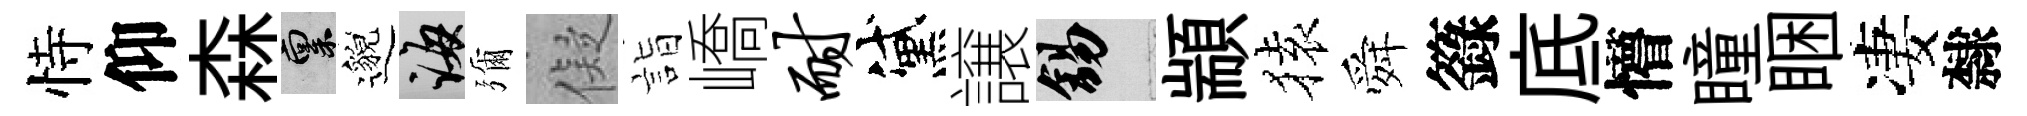
恃仰森禀邈誨彌儗詣嶠耐黛譲錫顓𫞤舜籙底懵瞳睏凄隸